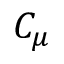
C _ { \mu }